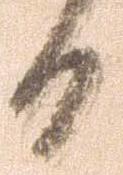
日